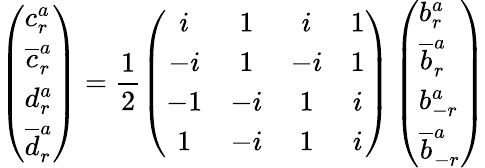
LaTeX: \left(\begin{array}{l}{{c_{r}^{a}}}\\ {{\overline{{{c}}}_{r}^{a}}}\\ {{d_{r}^{a}}}\\ {{\overline{{{d}}}_{r}^{a}}}\end{array}\right)=\frac{1}{2}\left(\begin{array}{cccc}{{i}}&{{1}}&{{i}}&{{1}}\\ {{-i}}&{{1}}&{{-i}}&{{1}}\\ {{-1}}&{{-i}}&{{1}}&{{i}}\\ {{1}}&{{-i}}&{{1}}&{{i}}\end{array}\right)\left(\begin{array}{l}{{b_{r}^{a}}}\\ {{\overline{{{b}}}_{r}^{a}}}\\ {{b_{-r}^{a}}}\\ {{\overline{{{b}}}_{-r}^{a}}}\end{array}\right)